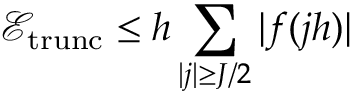
\mathcal { E } _ { \mathrm { t r u n c } } \leq h \sum _ { | j | \geq J / 2 } | f ( j h ) |